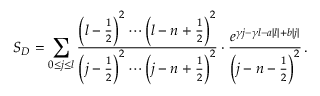
S _ { D } = \sum _ { 0 \le j \le l } \frac { \left( l - \frac { 1 } { 2 } \right) ^ { 2 } \cdots \left( l - n + \frac { 1 } { 2 } \right) ^ { 2 } } { \left( j - \frac { 1 } { 2 } \right) ^ { 2 } \cdots \left( j - n + \frac { 1 } { 2 } \right) ^ { 2 } } \cdot \frac { e ^ { \gamma j - \gamma l - a | l | + b | j | } } { \left( j - n - \frac { 1 } { 2 } \right) ^ { 2 } } \, .